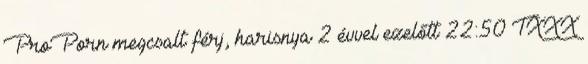
ProPorn megcsalt férj, harisnya 2 évvel ezelőtt 22:50 TXXX